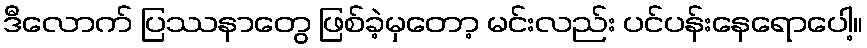
ဒီလောက် ပြဿနာတွေ ဖြစ်ခဲ့မှတော့ မင်းလည်း ပင်ပန်းနေရောပေါ့။